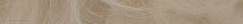
محل بيع منتجات العناية با